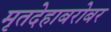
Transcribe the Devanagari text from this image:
मृतदेहाबरोबर